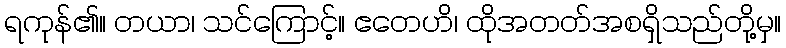
ရကုန်၏။ တယာ၊ သင်ကြောင့်။ ဧတေဟိ၊ ထိုအတတ်အစရှိသည်တို့မှ။